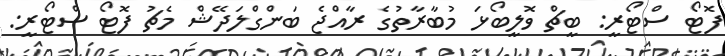
ފޮޓޯ ސްޓޯރީ: ބީޗް ވޮލީބޯޅަ މުބާރާތުގެ ރާއްޖެ ބަންގްލަދޭޝް މެޗު ފޮޓޯ ސްޓޯރީ: